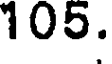
105.